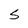
Character: S